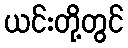
ယင်းတို့တွင်